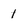
Character: 1